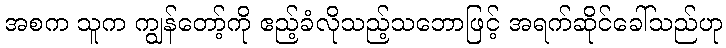
အစက သူက ကျွန်တော့်ကို ဧည့်ခံလိုသည့်သဘောဖြင့် အရက်ဆိုင်ခေါ်သည်ဟု